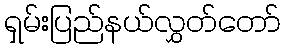
ရှမ်းပြည်နယ်လွှတ်တော်